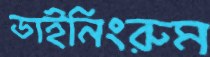
ডাইনিংরুম